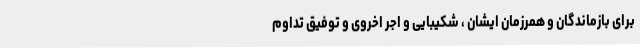
برای بازماندگان و همرزمان ایشان ، شکیبایی و اجر اخروی و توفیق تداوم